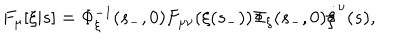
F _ { \mu } [ \xi | s ] = \Phi _ { \xi } ^ { - 1 } ( s _ { - } , 0 ) F _ { \mu \nu } ( \xi ( s _ { - } ) ) \Phi _ { \xi } ( s _ { - } , 0 ) \dot { \xi } ^ { \nu } ( s ) ,